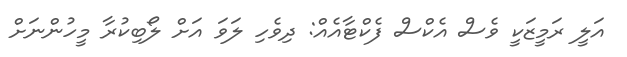
އަލީ ރަމީޒަކީ ވެސް އެކްސް ފެކްޓާއެއް: ދިވެހި ލަވަ އަށް ލޯބިކުރާ މީހުންނަށް